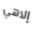
إلاهي